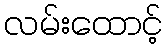
လမ်းထောင့်